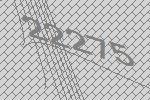
22275